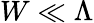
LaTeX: W\ll\Lambda